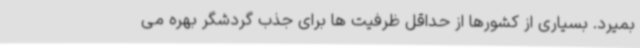
بمیرد. بسیاری از کشورها از حداقل ظرفیت ها برای جذب گردشگر بهره می